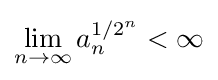
\lim _{n\to \infty }a_{n}^{1/2^{n}}<\infty